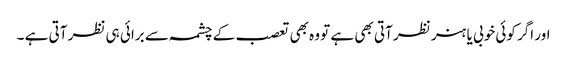
اور اگر کوئی خوبی یا ہنر نظر آتی بھی ہے تو وہ بھی تعصب کے چشمہ سے برائی ہی نظر آتی ہے ۔